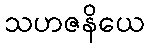
သဟဇနိယေ